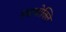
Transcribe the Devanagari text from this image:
स्भावोक्ति